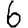
Digit: 6